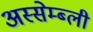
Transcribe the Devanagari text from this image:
अस्सेम्ब्ली